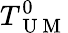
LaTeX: T_{\mathrm{~U~M~}}^{0}